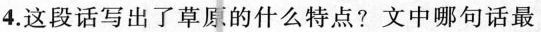
4.这段话写出了草原的什么特点?文中哪句话最